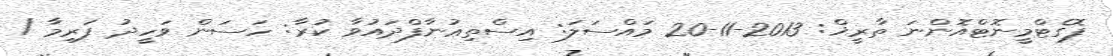
ފޮގެޓްމީނޮޓްއޮންނަ ތާރީޚް: 2013-11-20 މައްސަލަ: އިސްތިޢުނާފްދައުވާ ކުރާ: ހަސަން ވަހީދު ފަރިމާ /